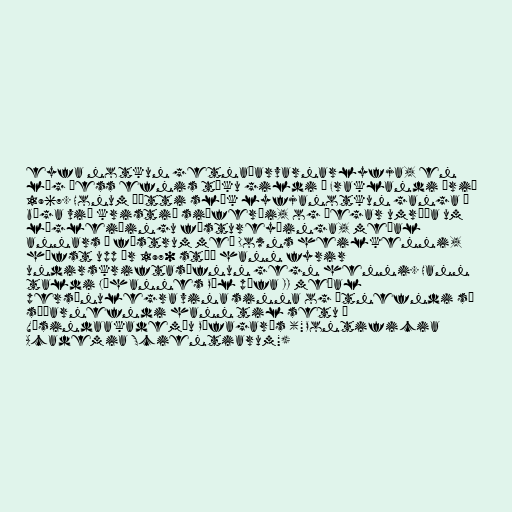
eyfa notkun getnaðarvarnarlyfja, en
lög þess efnis tóku gildi í Fraklandi árið
1967. Honum þótti slík lyfjanotkun ganga í
bága við kristið siðferði, og þegar umræða um
lögleiðingu fóstureyðinga, meðal
annars á fóstrum með Downs heilkenni,
hófst upp úr 1970 stóð hann fyrir
undirskriftasöfnun gegn henni. Hann
taldi Jóhannes Pál páfa II meðal
persónulegra vina sinna og útnefndi sá
síðarnefndi hann til setu í
Vísindaakademíu Páfagarðs ("Pontificia
Academia Scientiarum")